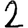
Digit: 2